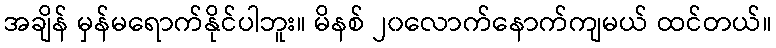
အချိန် မှန်မရောက်နိုင်ပါဘူး။ မိနစ် ၂၀လောက်နောက်ကျမယ် ထင်တယ်။